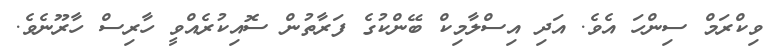
ވިކްރަމް ސިންހަ އެވެ. އަދި އިސްލާމިކް ބޭންކުގެ ފަރާތުން ސޮއިކުރެއްވީ ހާރިސް ހާރޫނެވެ.